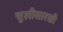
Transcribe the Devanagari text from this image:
चुलीसारखी